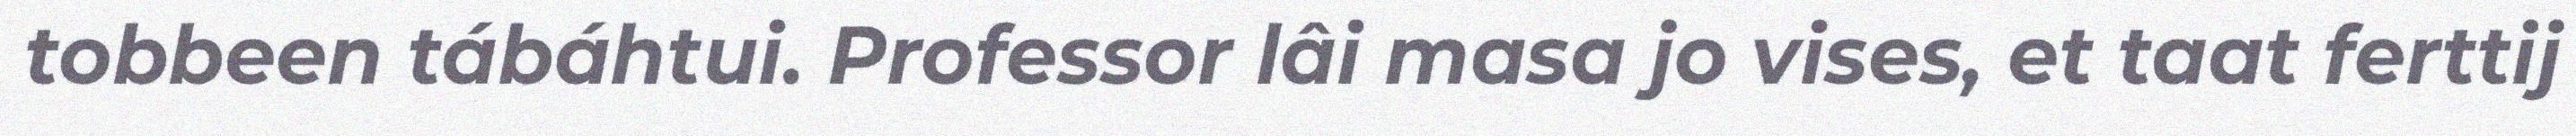
tobbeen tábáhtui. Professor lâi masa jo vises, et taat ferttij